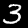
Digit: 3